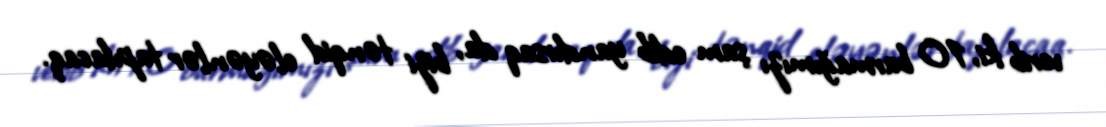
verib ki, 10 barmağımızı şam edib yandırsaq da, bizi tənqid eləyənlər tapılacaq.